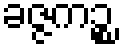
ခဇ္ဇကဉ္စ